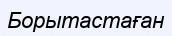
Борытастаған